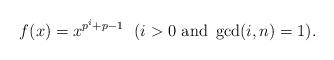
LaTeX: \begin{align*}f (x) = x^{p^i + p-1} \ \ (i > 0 \ \mbox{and} \ \gcd (i, n) = 1). \end{align*}